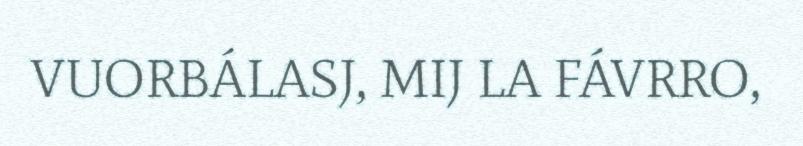
VUORBÁLASJ, MIJ LA FÁVRRO,